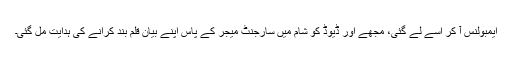
ایمبولنس آ کر اسے لے گئی، مجھے اور ڈیوڈ کو شام میں سارجنٹ میجر کے پاس اپنے بیان قلم بند کرانے کی ہدایت مل گئی۔